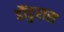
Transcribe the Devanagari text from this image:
हौंडुरास